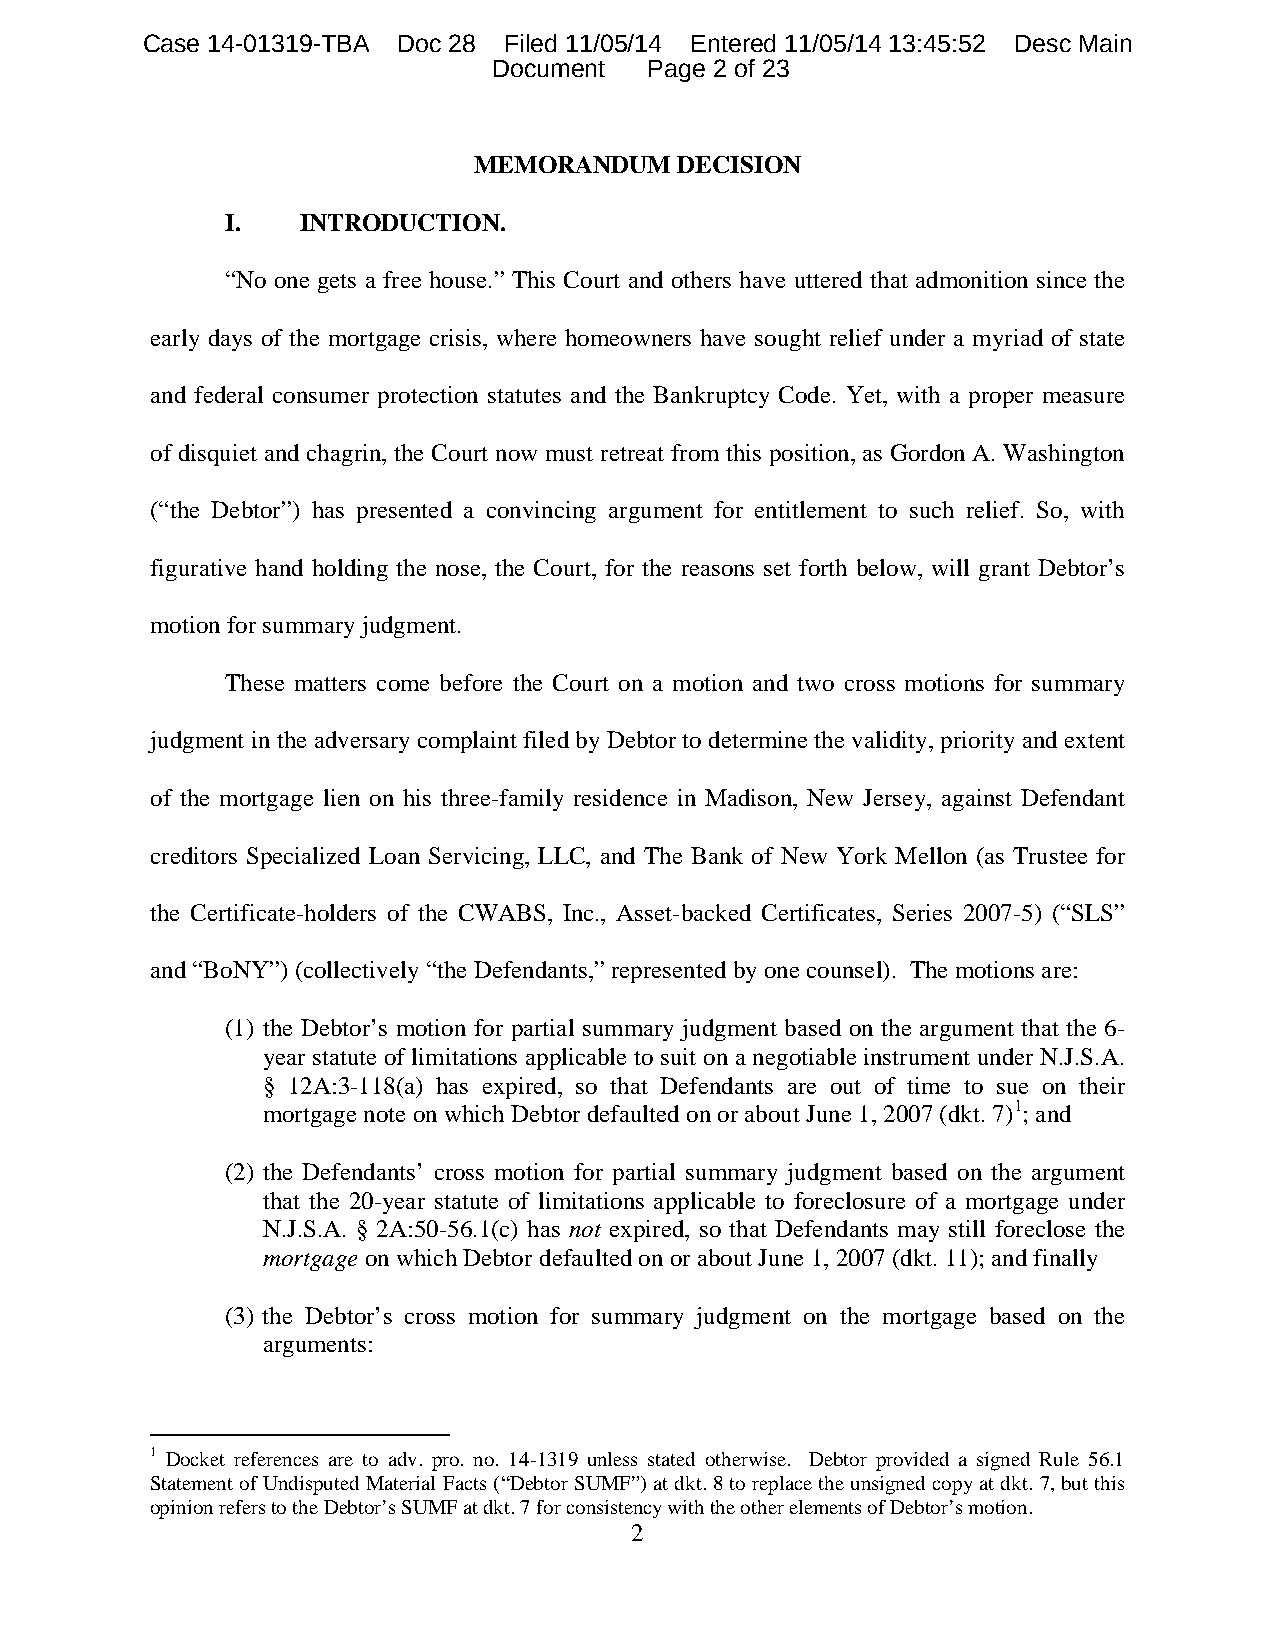
Case 14-01319-TBA Doc 28 Filed 11/05/14 Entered 11/05/14 13:45:52 Desc Main
 Document  Page 2 of 23
 MEMORANDUM    DECISION
 I.   INTRODUCTION.
 “No one gets a free house.” This Court and others have uttered that admonition since the
 early days of the mortgage crisis, where homeowners have sought relief under a myriad of state
 and federal consumer protection statutes and the Bankruptcy Code. Yet, with a proper measure
 of disquiet and chagrin, the Court now must retreat from this position, as Gordon A. Washington
 (“the Debtor”) has presented a convincing argument for entitlement to such relief. So, with
 figurative hand holding the nose, the Court, for the reasons set forth below, will grant Debtor’s
 motion for summary judgment.
 These matters come before the Court on a motion and two cross motions for summary
 judgment in the adversary complaint filed by Debtor to determine the validity, priority and extent
 of the mortgage lien on his three-family residence in Madison, New Jersey, against Defendant
 creditors Specialized Loan Servicing, LLC, and The Bank of New York Mellon (as Trustee for
 the Certificate-holders of the CWABS, Inc., Asset-backed Certificates, Series 2007-5) (“SLS”
 and “BoNY”) (collectively “the Defendants,” represented by one counsel). The motions are:
 (1) the Debtor’s motion for partial summary judgment based on the argument that the 6-
 year statute of limitations applicable to suit on a negotiable instrument under N.J.S.A.
 § 12A:3-118(a) has expired, so that Defendants are out of time to sue on their
 mortgage note on which Debtor defaulted on or about June 1, 2007 (dkt. 7)1; and
 (2) the Defendants’ cross motion for partial summary judgment based on the argument
 that the 20-year statute of limitations applicable to foreclosure of a mortgage under
 N.J.S.A. § 2A:50-56.1(c) has not expired, so that Defendants may still foreclose the
 mortgage on which Debtor defaulted on or about June 1, 2007 (dkt. 11); and finally
 (3) the Debtor’s cross motion for summary judgment on the mortgage based on the
 arguments:
 1 Docket references are to adv. pro. no. 14-1319 unless stated otherwise. Debtor provided a signed Rule 56.1
 Statement of Undisputed Material Facts (“Debtor SUMF”) at dkt. 8 to replace the unsigned copy at dkt. 7, but this
 opinion refers to the Debtor’s SUMF at dkt. 7 for consistency with the other elements of Debtor’s motion.
 2